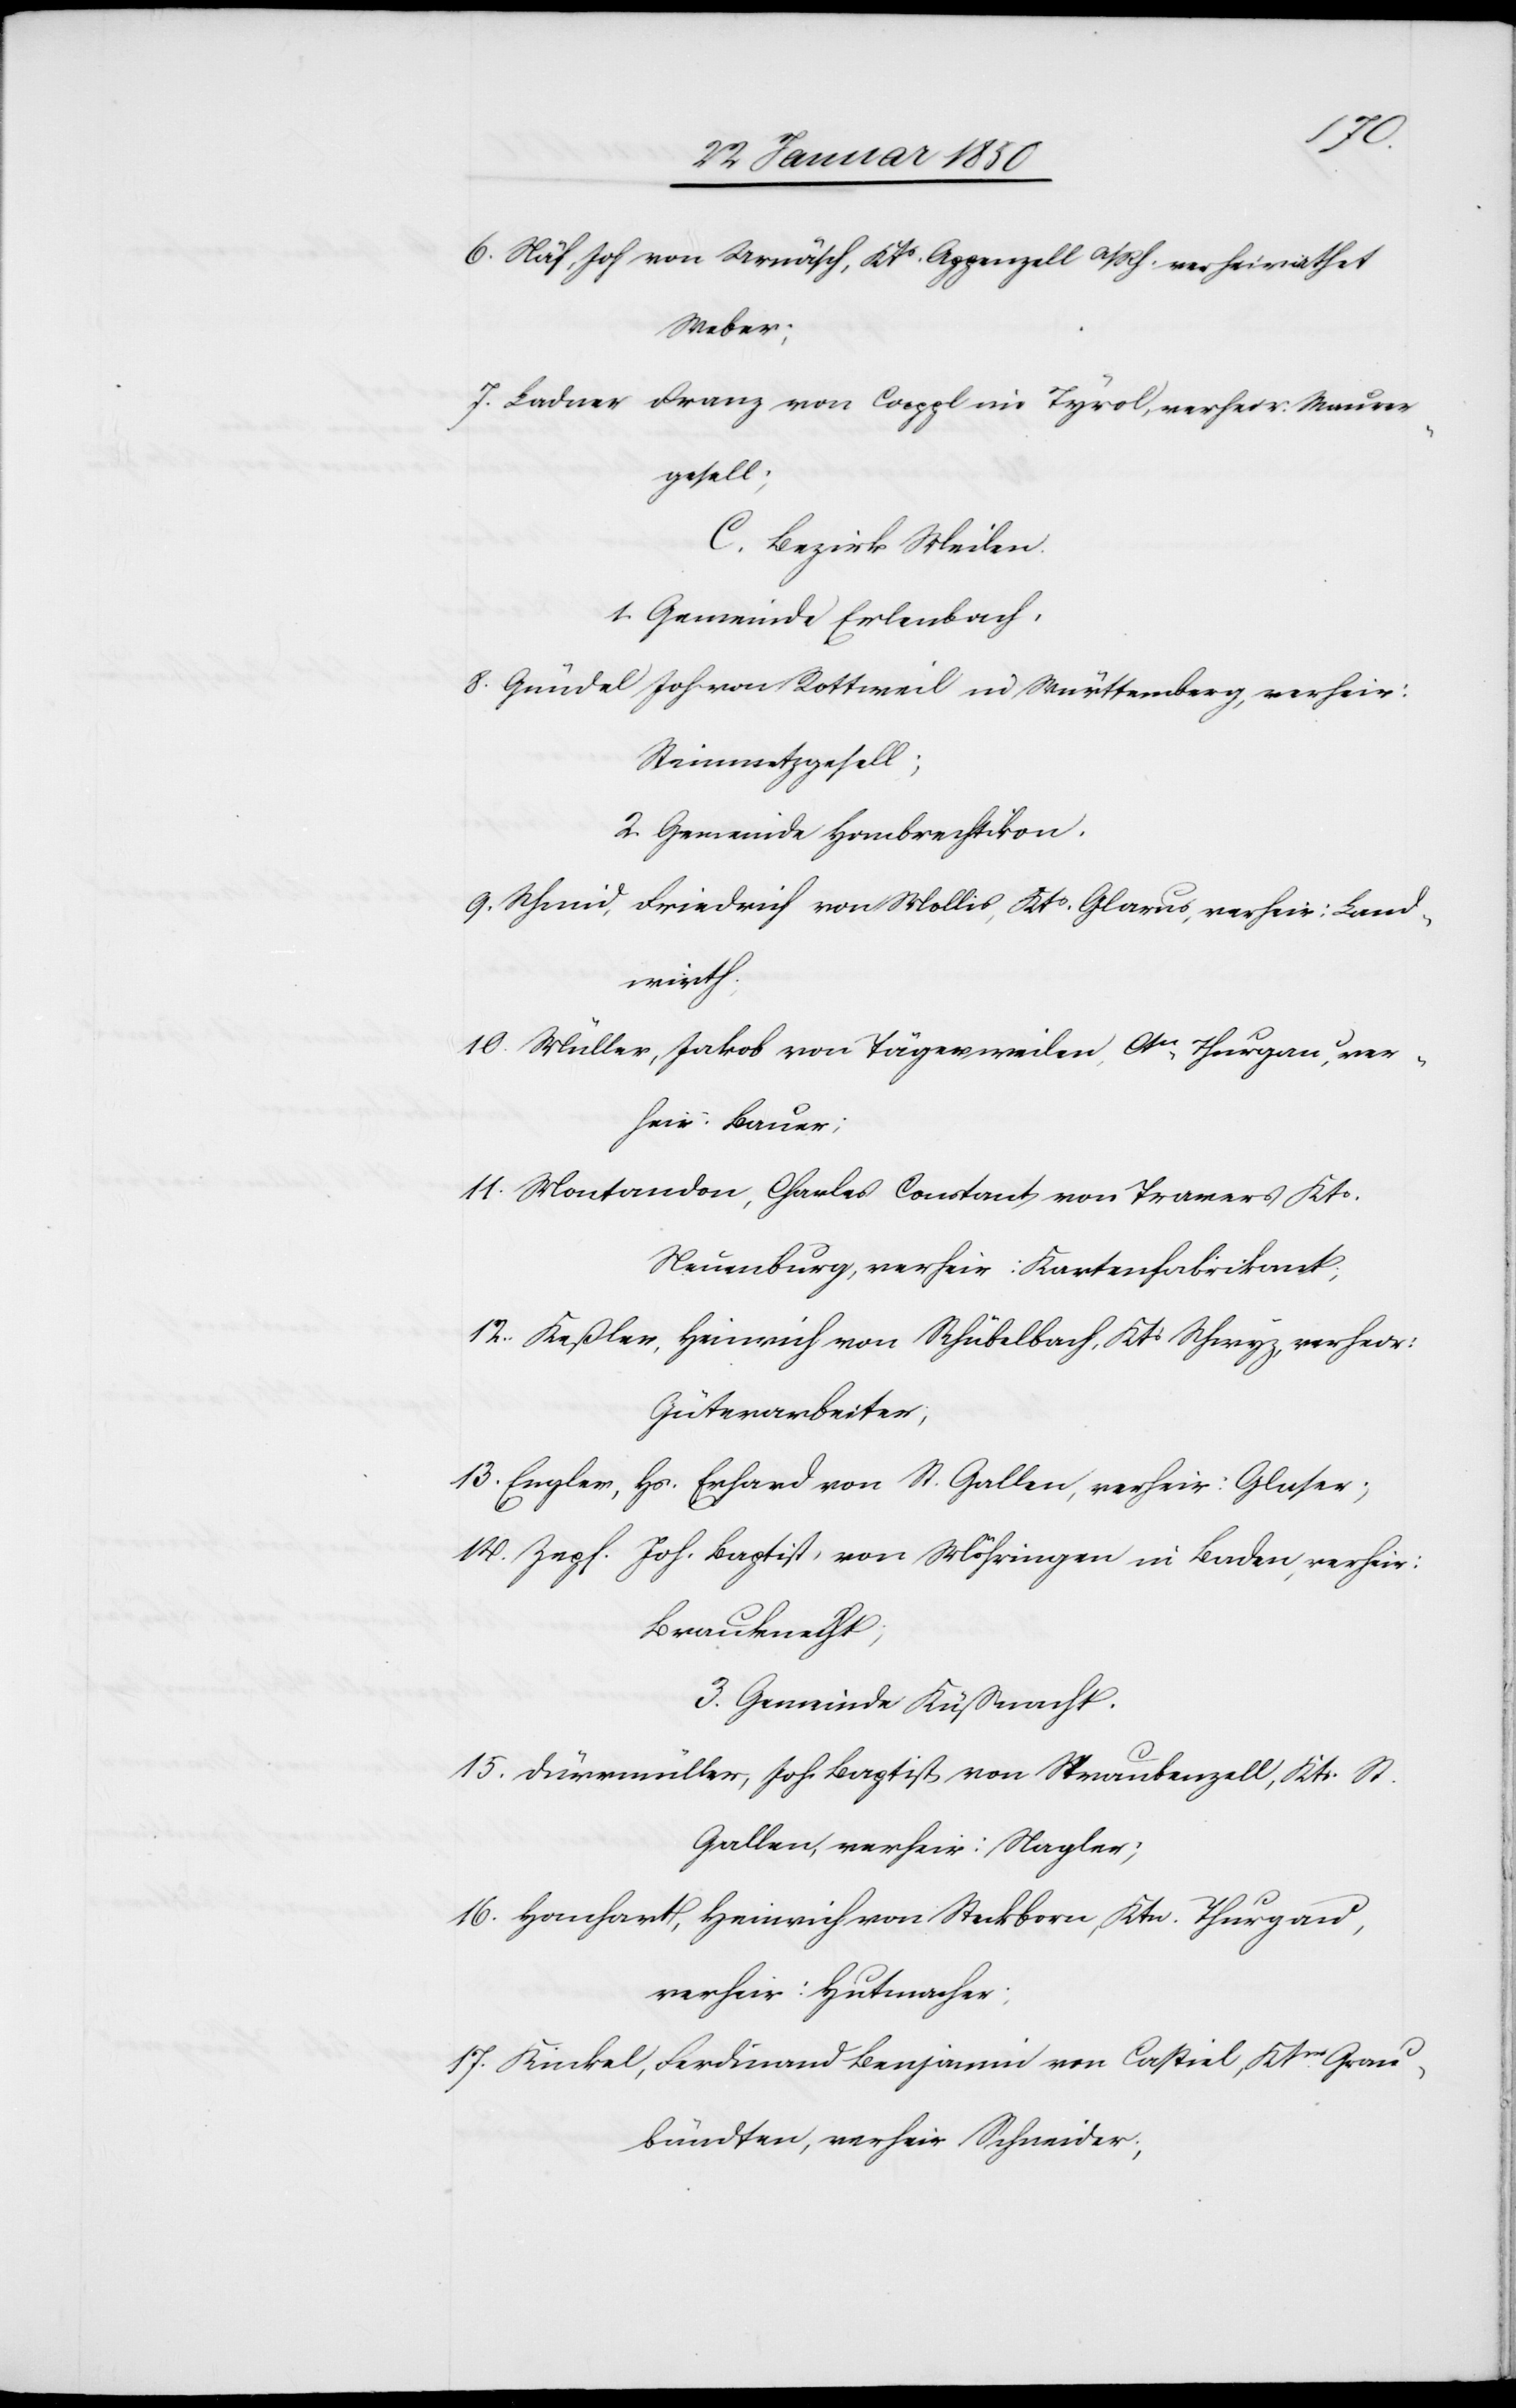
6. Näf, Joh von Urnäsch, Kts. Appenzell A/Rh. verheirathet
Weber;
7. Ladner Franz von Cappl im Tyrol, verheir. Maurer¬
gesell;
C. Bezirk Meilen.
1. Gemeinde Erlenbach.
8. Gnüdel Joh von Rottweil in Württemberg, verheir:
Steinmetzgesell;
2. Gemeinde Hombrechtikon.
9. Schmid, Friedrich von Mollis, Kts Glaurs, verheir: Land¬
wirth.
10. Müller, Jakob von Tägerweilen, Ctn Thurgau, ver¬
heir: Bauer;
11. Montandon, Charles Constant von Travers Kts
Neuenburg, verheir: Kartenfabrikant;
12. Keßler, Heinrich von Schübelbach, Kts Schwyz, verheir:
Güterarbeiter;
13. Engler, Hs. Erhard von St. Gallen, verheir: Glaser;
14. Zepf. Joh. Baptist, von Möhringen in Baden, verheir:
Brauknecht;
3. Gemeinde Küßnacht.
15. Dürrmüller, Joh. Baptist von Straubenzell, Kts. St.
Gallen, verheir: Nagler;
16. Hanhardt, Heinrich von Steckborn, Ktn. Thurgau,
verheir: Hutmacher;
17. Kinkel, Ferdinand Benjamin von Caspiel, Ktns Grau¬
bündten, verheir. Schneider;